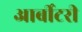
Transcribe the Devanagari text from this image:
आर्बीटरी